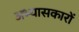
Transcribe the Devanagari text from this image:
अभ्‍यासकारों